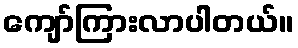
ကျော်ကြားလာပါတယ်။